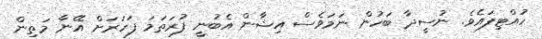
ހުއްޓިފައެވެ. ނުސީދާ ބަހުން ނަމަވެސް އިޝާން އެބުނީ ފުރަތަމަ ފަހަރަށް އޭނާ މަތިން